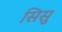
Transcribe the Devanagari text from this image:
सिसु